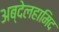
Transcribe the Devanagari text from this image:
अब्देलहामिद